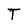
Character: T